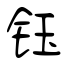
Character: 钰